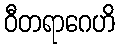
ဝီတရာဂေဟိ